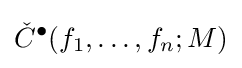
{\check {C}}^{\bullet }(f_{1},\ldots ,f_{n};M)